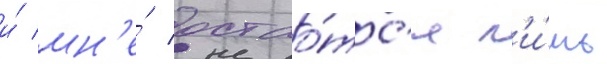
и́ мн'е́ остао́тс'я л'и́шь